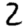
Digit: 2